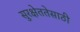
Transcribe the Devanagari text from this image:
सुरक्षेततेसाठी